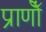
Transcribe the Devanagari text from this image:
प्राणोँ